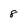
Character: 8